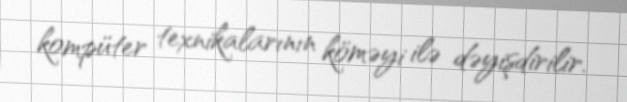
kompüter texnikalarının köməyi ilə dəyişdirilir.